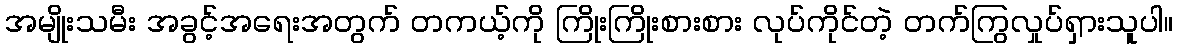
အမျိုးသမီး အခွင့်အရေးအတွက် တကယ့်ကို ကြိုးကြိုးစားစား လုပ်ကိုင်တဲ့ တက်ကြွလှုပ်ရှားသူပါ။